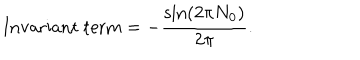
LaTeX: \mathrm { I n v a r i a n t ~ t e r m } = - \frac { \sin ( 2 \pi N _ { 0 } ) } { 2 \pi } .